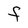
Character: F